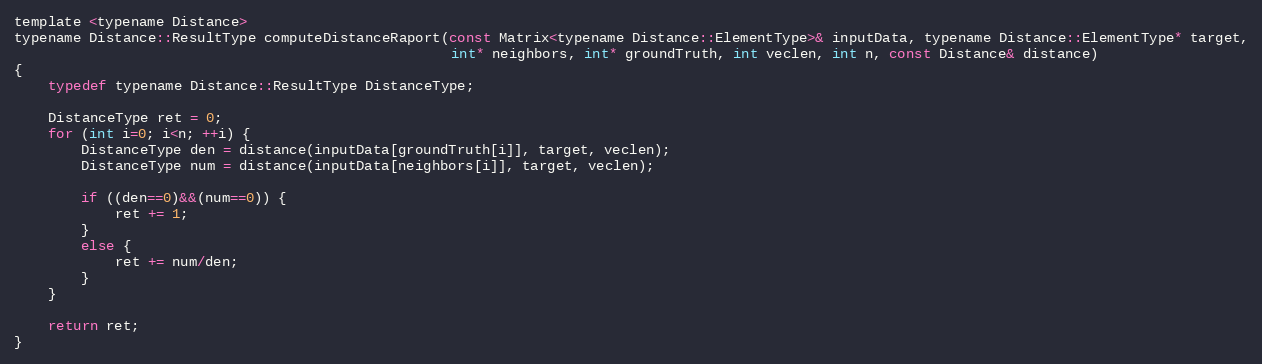
Language: C
template <typename Distance>
typename Distance::ResultType computeDistanceRaport(const Matrix<typename Distance::ElementType>& inputData, typename Distance::ElementType* target,
                                                    int* neighbors, int* groundTruth, int veclen, int n, const Distance& distance)
{
    typedef typename Distance::ResultType DistanceType;

    DistanceType ret = 0;
    for (int i=0; i<n; ++i) {
        DistanceType den = distance(inputData[groundTruth[i]], target, veclen);
        DistanceType num = distance(inputData[neighbors[i]], target, veclen);

        if ((den==0)&&(num==0)) {
            ret += 1;
        }
        else {
            ret += num/den;
        }
    }

    return ret;
}